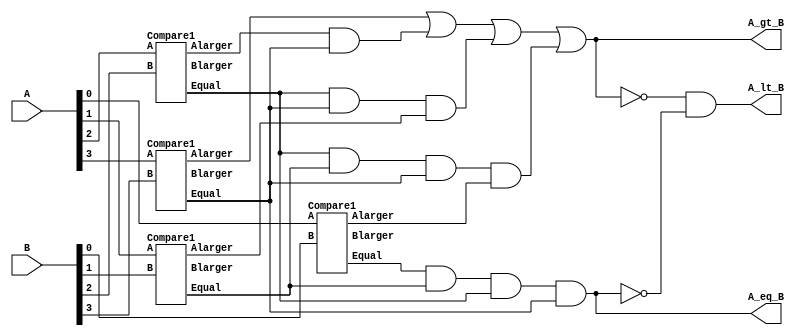
module Comparator_4bits (A, B, A_lt_B, A_gt_B, A_eq_B);
// declare input signals
input [4-1:0] A;
input [4-1:0] B;

// declare output signals
output A_lt_B, A_gt_B, A_eq_B;

// here is your design
 wire e0, e1, e2, e3, Al0, Al1, Al2, Al3, B10, Bl1, Bl2, Bl3, E1, E2, ALA1, ALA2, ALA3, BLN1, BLN2;
Compare1 cp0(A[0], B[0], e0, Al0, Bl0);
Compare1 cp1(A[1], B[1], e1, Al1, Bl1);
Compare1 cp2(A[2], B[2], e2, Al2, Bl2);
Compare1 cp3(A[3], B[3], e3, Al3, Bl3);
//EQUAL
and and1( A_eq_B, e0, e1,e2,e3 );
//ALARGER
and and2( ALA1, Al2, e3 );
and and3( ALA2, e2, e3,Al1 );
and and4( ALA3, e2, e1,e3,Al0 );
or or5(A_gt_B, Al3, ALA1,ALA2, ALA3);
//BLARGER
not not6(BLN1, A_gt_B);
not not7(BLN2, A_eq_B);
and and8( A_lt_B, BLN1, BLN2 );
endmodule

module Compare1 (A, B, Equal, Alarger, Blarger);
input A, B;
output Equal, Alarger, Blarger;
 wire EA1, EN1, EN2 ,EA2, AN1, BN1;
//EQ
and and9(EA1, A, B);
not not10(EN1, A);
not not11(EN2, B);
and and12(EA2, EN1, EN2);
or or13(Equal, EA1, EA2);
//AL
not not14(AN1, B);
and and15(Alarger, A, AN1);
//BL
not not16(BN1, A);
and and17(Blarger, BN1, B);
endmodule